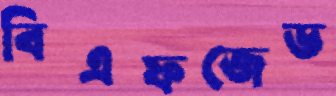
বিএফজেড